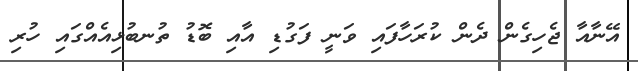
އޭނާއާ ޖެހިގެން ދެން ކުރަހާފައި ވަނީ ފަގުޑި އާއި ބޮޑު ތުނބުޅިއެއްގައި ހުރި